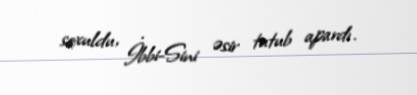
soxuldu, İbbi-Sini əsir tutub apardı.